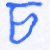
চ